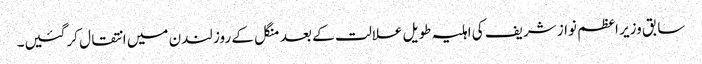
سابق وزیر اعظم نواز شریف کی اہلیہ طویل علالت کے بعد منگل کے روز لندن میں انتقال کرگئیں۔